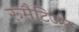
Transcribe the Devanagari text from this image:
रूमैटिज्म़